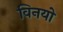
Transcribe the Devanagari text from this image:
विनयो